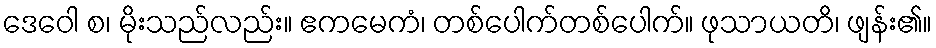
ဒေဝေါ စ၊ မိုးသည်လည်း။ ဧကမေကံ၊ တစ်ပေါက်တစ်ပေါက်။ ဖုသာယတိ၊ ဖျန်း၏။